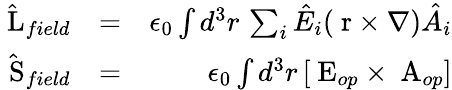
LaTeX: \begin{array}{rlr}{\hat{\mathrm{\mathbf~L}}_{field}}&{=}&{\epsilon_{0}\int d^{3}r\, \sum_{i}\hat{E}_{i}(\mathrm{\mathbf~r}\times\nabla)\hat{A}_{i}}\\ {\hat{\mathrm{\mathbf~S}}_{field}}&{=}&{\epsilon_{0}\int d^{3}r\, [\mathrm{\mathbf~E}_{op}\times\mathrm{\mathbf~A}_{op}]}\end{array}